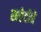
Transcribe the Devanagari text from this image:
खरेदीचे